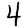
Digit: 4